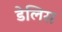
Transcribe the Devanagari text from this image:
डेलिस